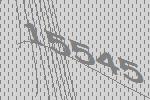
15545